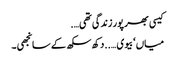
کیسی بھر پور زندگی تھی….
میاں ‘ بیوی …..دکھ سکھ کے سانجھی۔